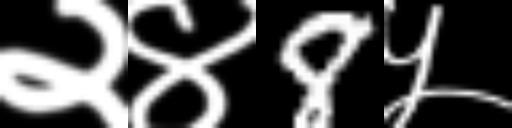
Text: २४8५